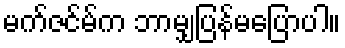
မက်ဇင်မ်က ဘာမျှပြန်မပြောပါ။